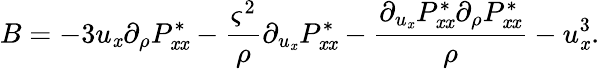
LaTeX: B=-3u_{\mathit{x}}\partial_{\rho}P_{\mathit{x}\mathit{x}}^{*}-\frac{{\varsigma^{2}}}{{\rho}}\partial_{u_{\mathit{x}}}P_{\mathit{x}\mathit{x}}^{*}-\frac{{\partial_{u_{\mathit{x}}}P_{\mathit{x}\mathit{x}}^{*}\partial_{\rho}P_{\mathit{x}\mathit{x}}^{*}}}{{\rho}}-u_{\mathit{x}}^{3}.